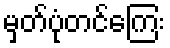
မှတ်ပုံတင်ကြေး